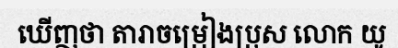
ឃើញថា តារាចម្រៀងប្រុស លោក យូ